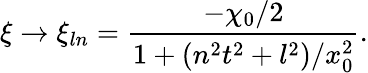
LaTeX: \xi\to\xi_{ln}=\frac{-\chi_{0}/2}{1+(n^{2}t^{2}+l^{2})/x_{0}^{2}}.